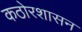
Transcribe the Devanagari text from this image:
कठोरशासन